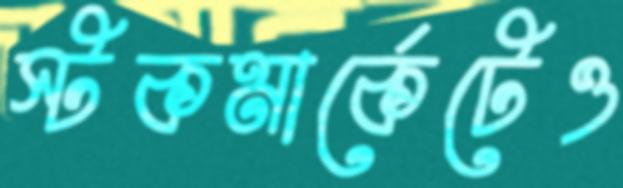
স্টকমার্কেটেও